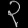
Digit: ၃